Scottish Leaving Certificate Examination, 1958
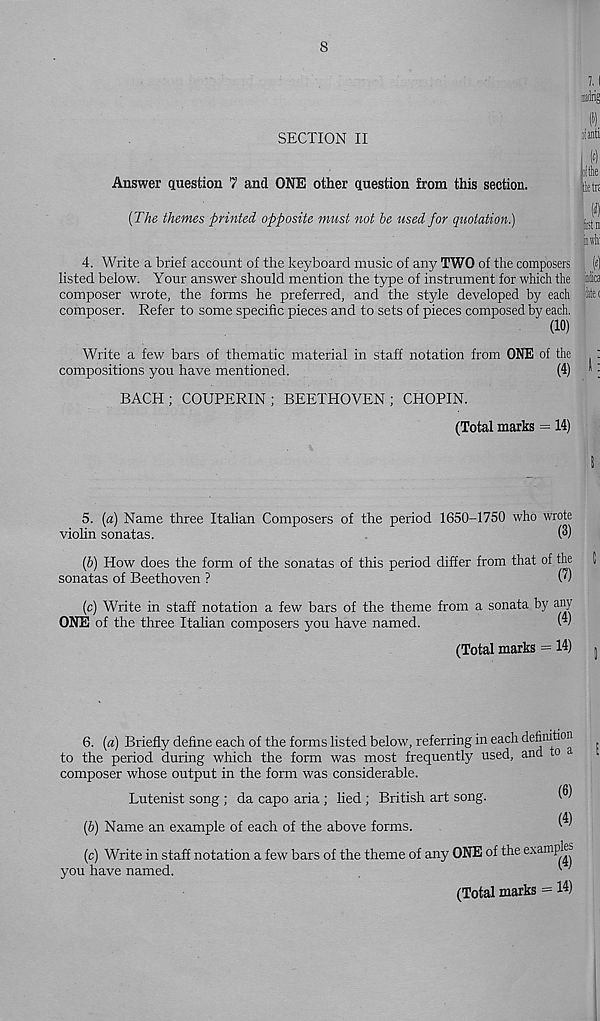
8
7,1
rfg
SECTION II
Answer question 7 and ONE other question from this section.
[The themes printed opposite must not be used for quotation.)
(c) Write in staff notation a few bars of the theme of any ONE of the examples
you have named.
oianti
lithe
lete
BACH; COUPERIN; BEETHOVEN; CHOPIN.
(Total marks = 14)
ran
iiwlv
4. Write a brief account of the keyboard music of any TWO of the composers
listed below. Your answer should mention the type of instrument for which the
composer wrote, the forms he preferred, and the style developed by each
composer. Refer to some specific pieces and to sets of pieces composed by each.
(10)
slica
Write a few bars of thematic material in staff notation from ONE of the
compositions you have mentioned.
(4)
5. [a) Name three Italian Composers of the period 1650-1750 who wrote
viohn sonatas.
(3)
(6) How does the form of the sonatas of this period differ from that of the
sonatas of Beethoven ?
(')
(c) Write in staff notation a few bars of the theme from a sonata by any
ONE of the three Italian composers you have named.
W
(Total marks = 14)
6. (a) Briefly define each of the forms listed below, referring in each d 6 ® 111101
to the period during which the form was most frequently used, and to
composer whose output in the form was considerable.
Lutenist song ; da capo aria ; lied ; British art song.
^
(4)
(b) Name an example of each of the above forms.
^ ’
(Total marks = I 4 )